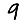
Digit: 9